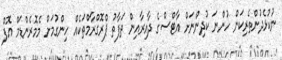
ނުކުޅެދުންތެރިކަން ހުންނަ ކުދިންނަށް އާޓްސްގެ ދާއިރާއިން ތަފާތު ޕްރޮގްރާމްތަކެއް ހިންގުމަށް މެމޮރެންޑަމް އޮފް